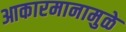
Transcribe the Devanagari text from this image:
आकारमानामुळे